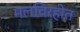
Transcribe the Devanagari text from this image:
मलविरहीत